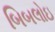
બિબલોઇ